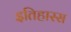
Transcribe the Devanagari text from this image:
इतिहास्स